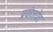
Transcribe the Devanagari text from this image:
प्रयोजयेत